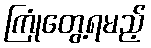
ကြုံတွေ့ရမည့်